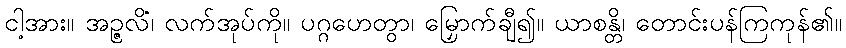
ငါ့အား။ အဉ္ဇလိံ၊ လက်အုပ်ကို။ ပဂ္ဂဟေတွာ၊ မြှောက်ချီ၍။ ယာစန္တိ၊ တောင်းပန်ကြကုန်၏။